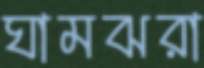
ঘামঝরা